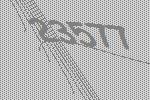
23577